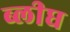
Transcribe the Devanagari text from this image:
ब्लीघ